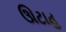
ઊટાહ